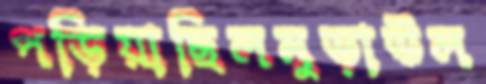
পড়িয়াছিলমুড়াউল